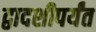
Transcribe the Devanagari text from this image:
द्वादशीपर्यंत